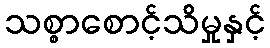
သစ္စာစောင့်သိမှုနှင့်